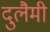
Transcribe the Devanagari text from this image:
दुलैमी